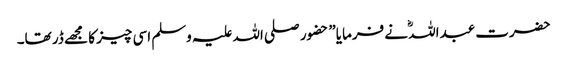
حضرت عبداللہؓ نے فرمایا” حضور صلی اللہ علیہ وسلم اسی چیز کا مجھے ڈر تھا۔